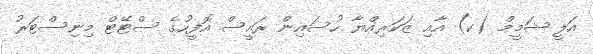
އަލީ ޝަމީމް (ކ) އާއި ޒަކަރިއްޔާ ހުސައިން ރައީސް އޮފީހުގެ ސްޓޭޓް މިނިސްޓަރު